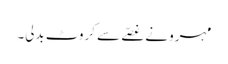
مہرو نے غصّے سے کروٹ بدلی۔